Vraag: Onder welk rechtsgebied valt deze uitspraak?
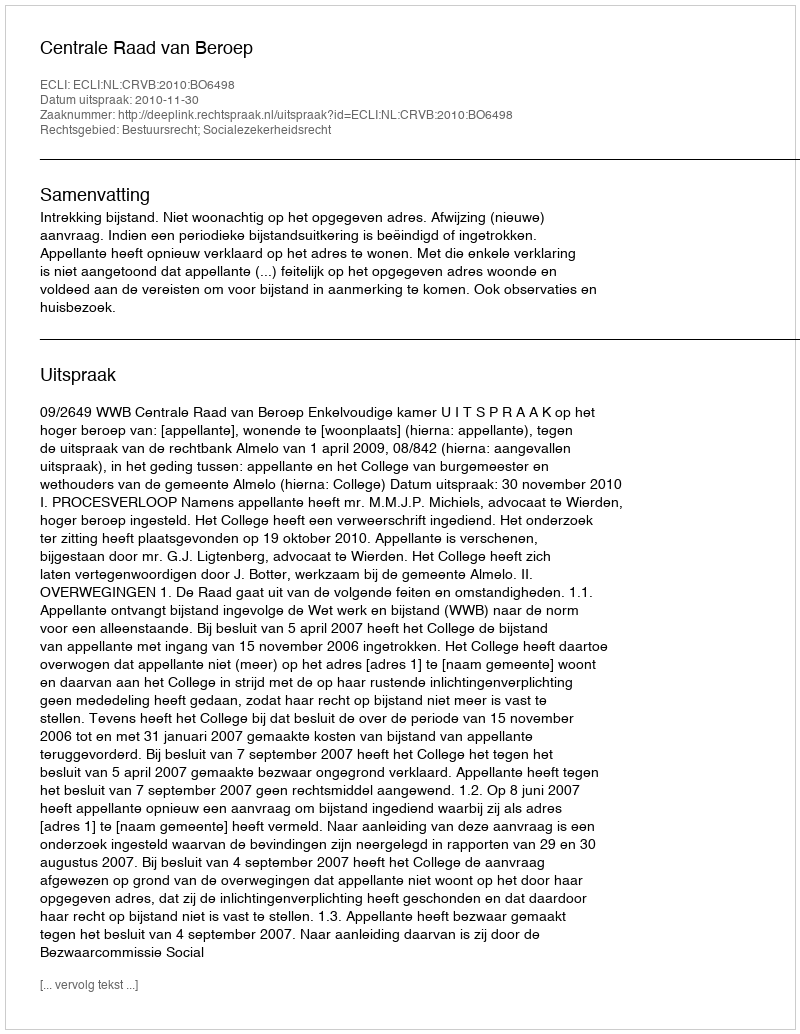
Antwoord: Bestuursrecht; Socialezekerheidsrecht